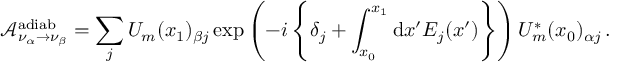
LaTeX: \mathcal { A } _ { \nu _ { \alpha } \to \nu _ { \beta } } ^ { \mathrm { a d i a b } } = \sum _ { j } U _ { m } ( x _ { 1 } ) _ { \beta j } \exp \left( - i \left\{ \delta _ { j } + \int _ { x _ { 0 } } ^ { x _ { 1 } } \mathrm { d } x ^ { \prime } E _ { j } ( x ^ { \prime } ) \right\} \right) U _ { m } ^ { * } ( x _ { 0 } ) _ { \alpha j } \, .